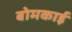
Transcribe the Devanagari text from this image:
बोमकाई